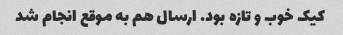
کیک خوب و تازه بود. ارسال هم به موقع انجام شد